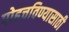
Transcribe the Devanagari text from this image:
पोहचविण्यासाठी